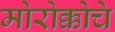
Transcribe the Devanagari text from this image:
मोरोक्कोचे